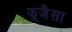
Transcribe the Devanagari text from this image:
झ्र्जैसा